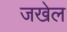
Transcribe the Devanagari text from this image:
जखेल